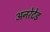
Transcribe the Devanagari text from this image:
अनरेटेड